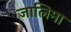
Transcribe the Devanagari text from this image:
जालिमा